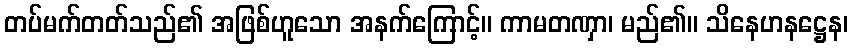
တပ်မက်တတ်သည်၏ အဖြစ်ဟူသော အနက်ကြောင့်။ ကာမတဏှာ၊ မည်၏။ သိနေဟနဋ္ဌေန၊